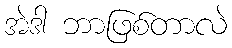
အဲဒါ ဘာဖြစ်တာလဲ